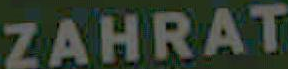
ZAHRAT